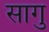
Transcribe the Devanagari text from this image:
सागु